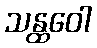
သန္ထဝေါ